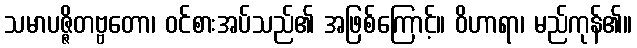
သမာပဇ္ဇိတဗ္ဗတော၊ ဝင်စားအပ်သည်၏ အဖြစ်ကြောင့်။ ဝိဟာရာ၊ မည်ကုန်၏။